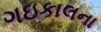
ગઇકાલના